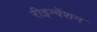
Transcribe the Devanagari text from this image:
रीइन्वेंशन